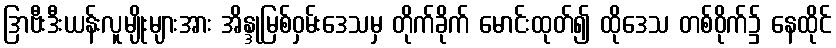
ဒြာဗီးဒီးယန်းလူမျိုးများအား အိန္ဒုမြစ်ဝှမ်းဒေသမှ တိုက်ခိုက် မောင်းထုတ်၍ ထိုဒေသ တစ်ဝိုက်၌ နေထိုင်